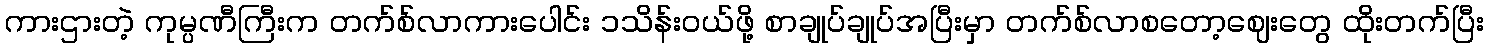
ကားဌားတဲ့ ကုမ္ပဏီကြီးက တက်စ်လာကားပေါင်း ၁သိန်းဝယ်ဖို့ စာချုပ်ချုပ်အပြီးမှာ တက်စ်လာစတော့ဈေးတွေ ထိုးတက်ပြီး